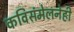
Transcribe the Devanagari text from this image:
कविसंमेलनेही